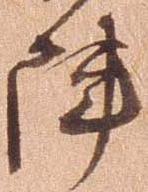
陣